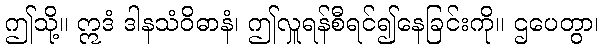
ဤသို့။ ဣဒံ ဒါနသံဝိဓာနံ၊ ဤလှူရန်စီရင်၍နေခြင်းကို။ ဌပေတွာ၊